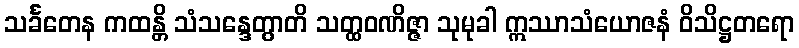
သင်္ခတေန ကထန္တိ သံသန္ဒေတွာတိ သတ္ထဝဏိဇ္ဇာ သုမုခါ ဣဿာသံယောဇနံ ဝိသိဋ္ဌတရော